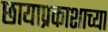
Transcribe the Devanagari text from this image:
छायाप्रकाशाच्या